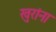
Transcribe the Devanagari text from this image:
खुरांना